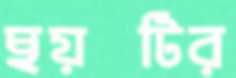
ছয়টির